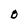
Character: O